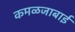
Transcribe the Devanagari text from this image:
कमळजाबाई